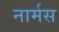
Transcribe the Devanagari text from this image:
नार्मस